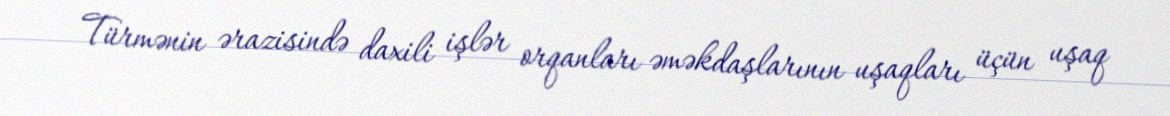
Türmənin ərazisində daxili işlər orqanları əməkdaşlarının uşaqları üçün uşaq